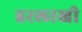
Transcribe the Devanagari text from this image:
हरलाखी